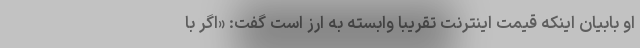
او بابیان اینکه قیمت اینترنت تقریباً وابسته به ارز است گفت: «اگر با